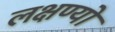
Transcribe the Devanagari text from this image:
लक्षण्यो